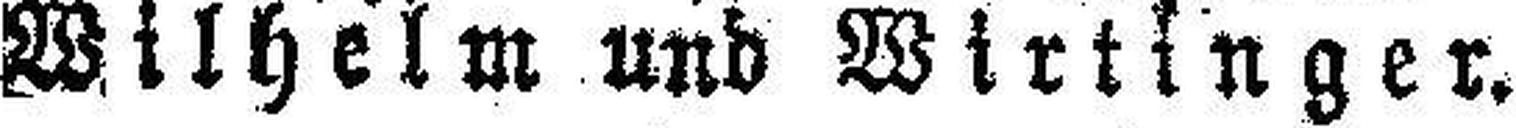
Wilhelm und Wirtinger.